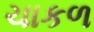
ચાકળ